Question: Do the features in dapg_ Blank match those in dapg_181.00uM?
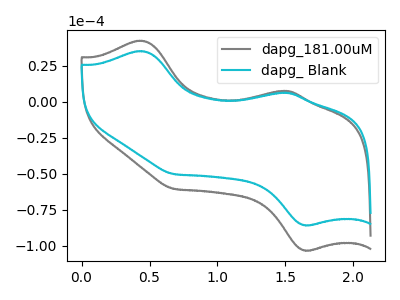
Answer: <think>The gray curve "dapg_181.00uM" has anodic peaks at (0.45V, 42.45uA) (1.50V, 7.65uA) and cathodic peaks at (1.65V, -103.10uA) (0.70V, -60.35uA). The cyan curve "dapg_ Blank" has anodic peaks at (0.45V, 35.20uA) (1.50V, 6.35uA) and cathodic peaks at (1.65V, -85.60uA) (0.70V, -50.10uA).
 All the peaks in "dapg_ Blank" have a peak in "dapg_181.00uM" at the same potential. Every peak in "dapg_ Blank" is lower than every peak in "dapg_181.00uM".</think>
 <answer>"dapg_ Blank" and "dapg_181.00uM" are similar in shape.</answer>
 <eval>same_shape</eval>